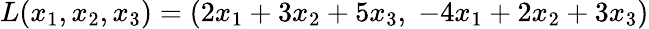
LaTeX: L(x_{1},x_{2},x_{3})=(2x_{1}+3x_{2}+5x_{3},\; -4x_{1}+2x_{2}+3x_{3})